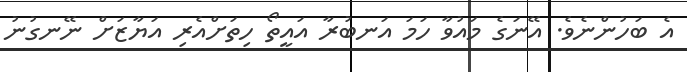
އެ ބަހުންނެވެ. އޭނަގެ މައުވާ ހަމަ އަނބުރާ އައީތޯ ހިތަށްއެރި އަޔާޒަށް ނޭނގުނު